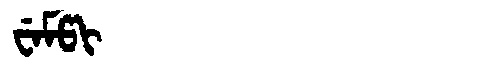
Manchu: ᠸᡝᠮᡦᡳ
Romanization: WEMPI